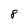
Character: 8